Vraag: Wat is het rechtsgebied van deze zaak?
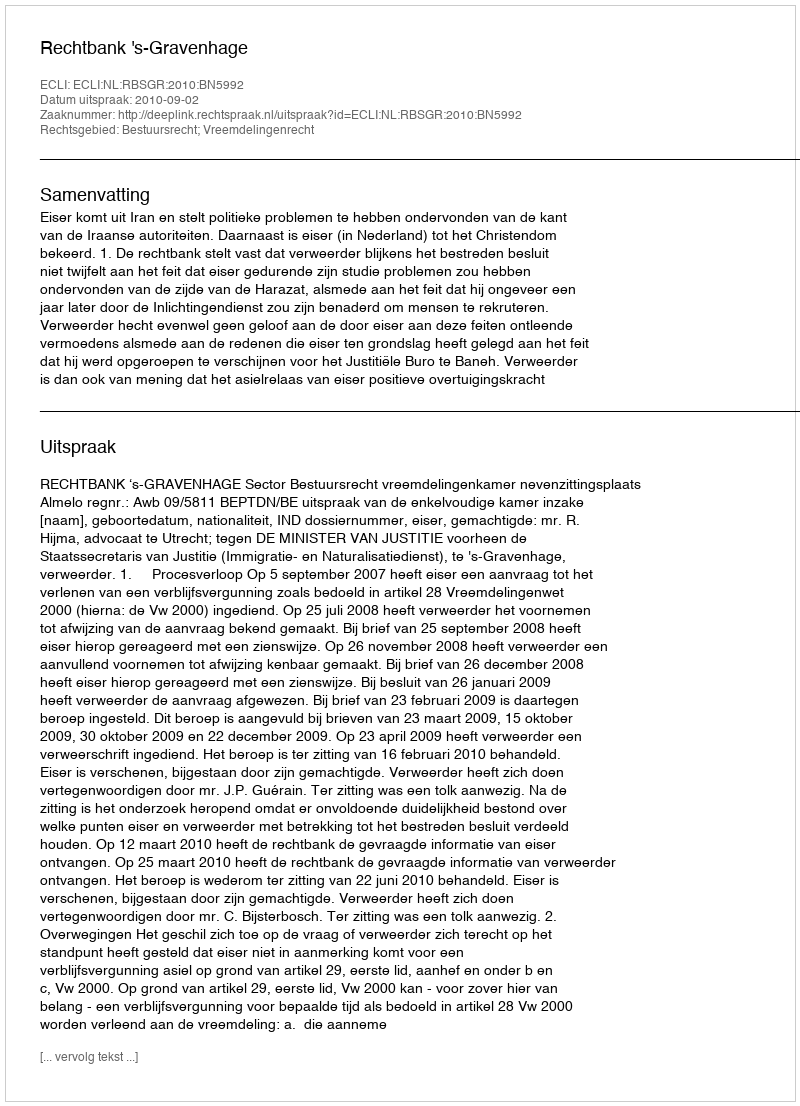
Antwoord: Bestuursrecht; Vreemdelingenrecht